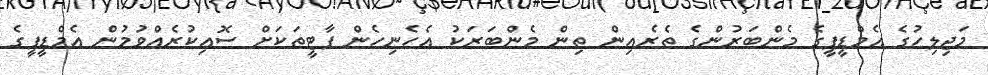
މަޖިލިހުގެ އެމްޑީޕީގެ މެންބަރުންގެ ތެރެއިން ތިން މެންބަރަކު އެހެނިހެން ޕާޓީތަކަށް ސޮއިކުރެއްވުމުން އެމްޑީޕީގެ